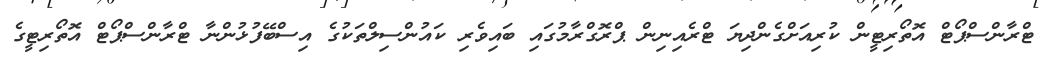
ޓްރާންސްޕޯޓް އޮތޯރިޓީން ކުރިއަށްގެންދިޔަ ޓްރެއިނިން ޕްރޮގްރާމުގައި ބައިވެރި ކައުންސިލްތަކުގެ އިސްބޭފުޅުންނާ ޓްރާންސްޕޯޓް އޮތޯރިޓީގެ